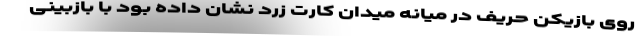
روی بازیکن حریف در میانه میدان کارت زرد نشان داده بود با بازبینی